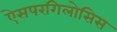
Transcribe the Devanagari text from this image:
ऐसपरगिलोसिस